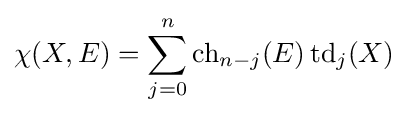
\chi (X,E)=\sum _{j=0}^{n}\operatorname {ch} _{n-j}(E)\operatorname {td} _{j}(X)